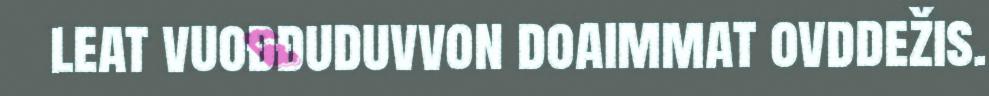
leat vuođđuduvvon doaimmat ovddežis.